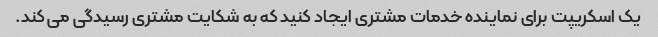
یک اسکریپت برای نماینده خدمات مشتری ایجاد کنید که به شکایت مشتری رسیدگی می کند.